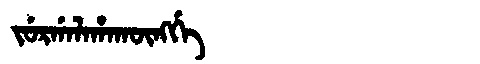
Manchu: ᠵᡠᡵᡤᠠᠯᠠᡥᠠᡴᡡᠩᡤᡝ
Romanization: JURGALAHAKŪNGGE